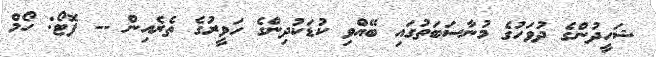
ޝަހީދުންގެ ދުވަހުގެ މުނާސަބަތުގައި ބޭއްވި ކުޑަކުދިންގެ ހަވީރުގެ ތެރެއިން -- ފޮޓޯ: ހޯމް